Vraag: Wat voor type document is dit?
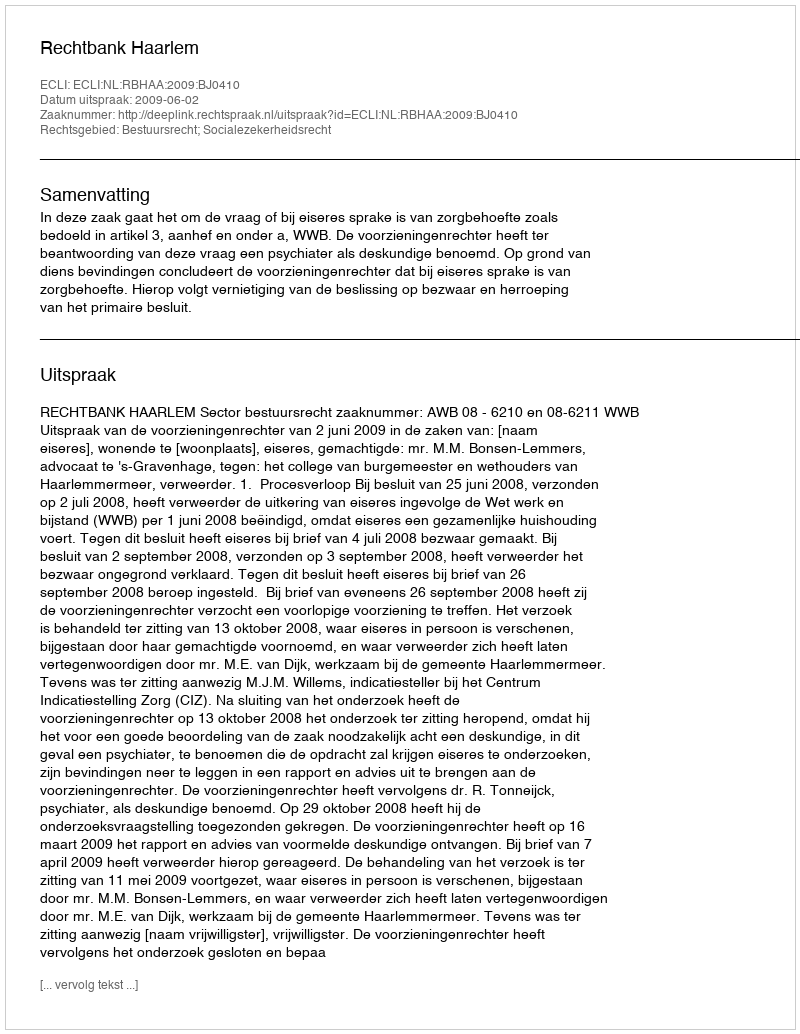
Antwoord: Uitspraak